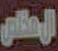
العام